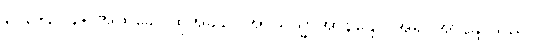
၃၂၃+၃၂၄+ အထခေါ၊ ထိုအခါ၌။ အာယသ္မာအာနန္ဒော၊ အရှင်အာနန္ဒာသည်။